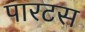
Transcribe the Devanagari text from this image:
पारटस